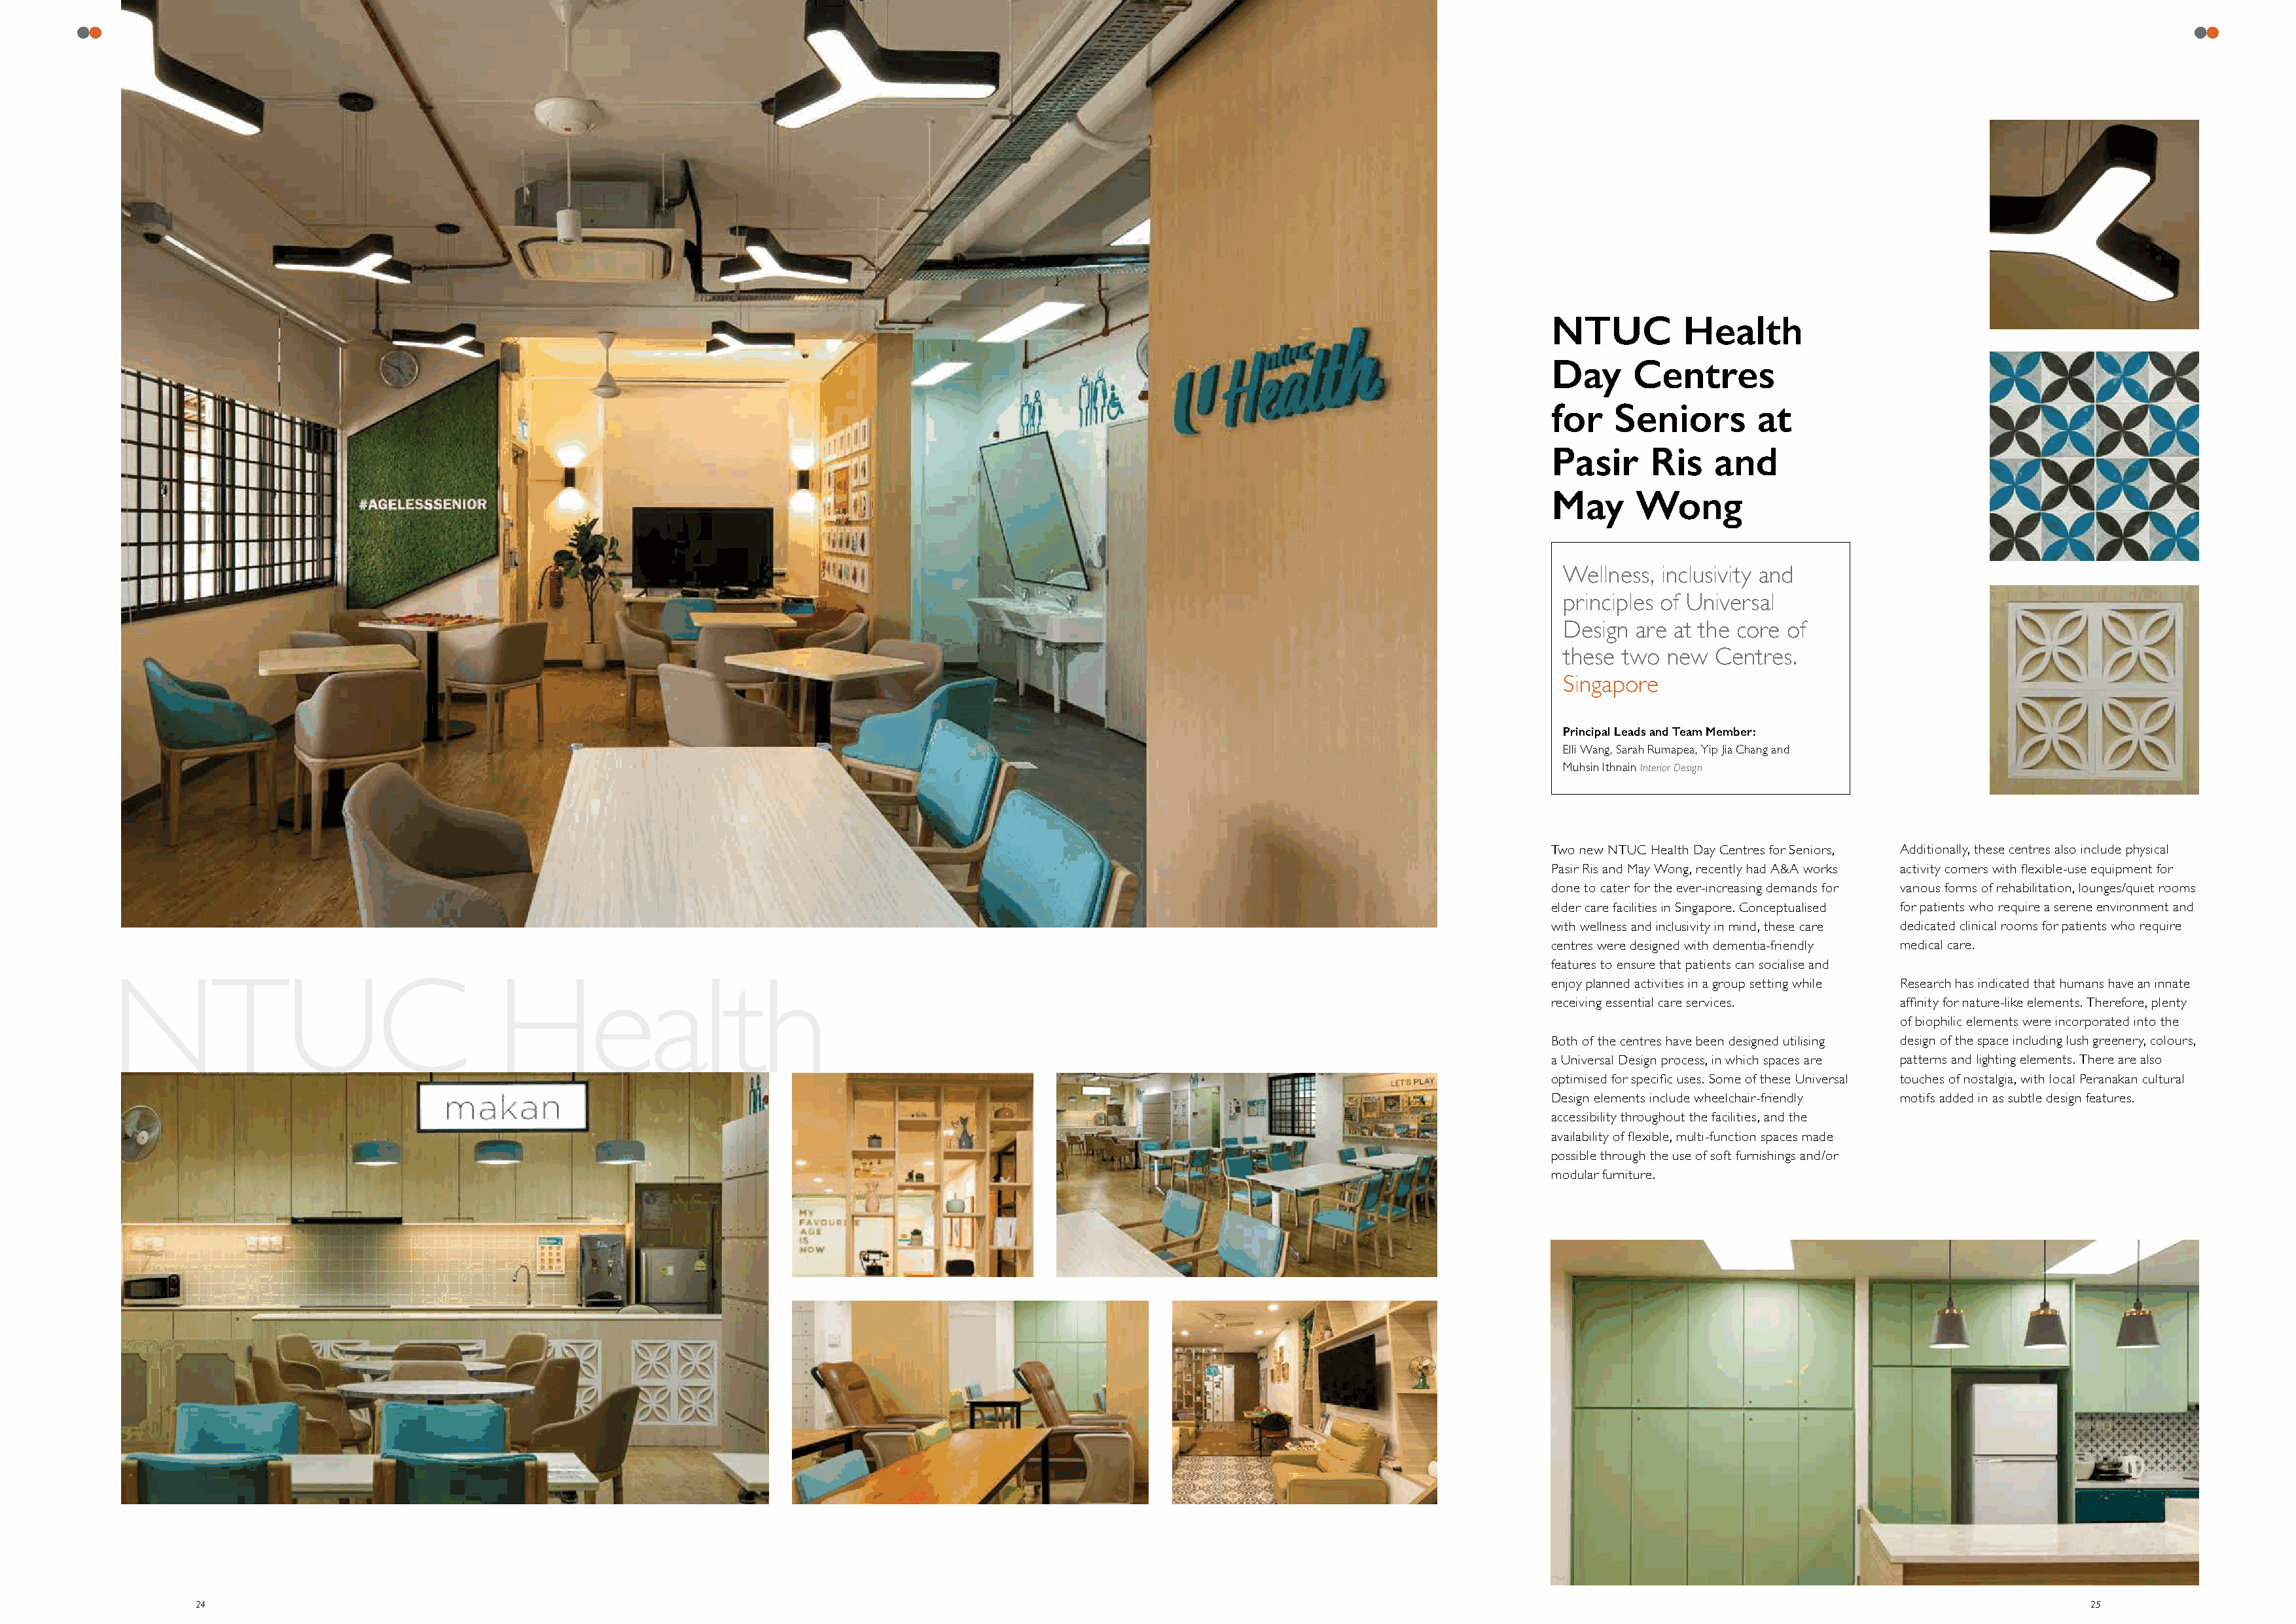
NTUC         Health
 Day     Centres
 for   Seniors        at
 Pasir     Ris   and
 May     Wong
 Wellness, inclusivity and
 principles of Universal
 Design are at the core of
 these two  new Centres.
 Singapore
 Principal Leads and Team Member:
 Elli Wang, Sarah Rumapea, Yip Jia Chang and
 Muhsin Ithnain Interior Design
 Two new NTUC Health Day Centres for Seniors, Additionally, these centres also include physical
 Pasir Ris and May Wong, recently had A&A works activity corners with flexible-use equipment for
 done to cater for the ever-increasing demands for various forms of rehabilitation, lounges/quiet rooms
 elder care facilities in Singapore. Conceptualised for patients who require a serene environment and
 with wellness and inclusivity in mind, these care dedicated clinical rooms for patients who require
 centres were designed with dementia-friendly medical care.
 features to ensure that patients can socialise and
 enjoy planned activities in a group setting while Research has indicated that humans have an innate
 NTUC                                   Health
 receiving essential care services. affinity for nature-like elements. Therefore, plenty
 of biophilic elements were incorporated into the
 Both of the centres have been designed utilising design of the space including lush greenery, colours,
 a Universal Design process, in which spaces are patterns and lighting elements. There are also
 optimised for specific uses. Some of these Universal touches of nostalgia, with local Peranakan cultural
 Design elements include wheelchair-friendly motifs added in as subtle design features.
 accessibility throughout the facilities, and the
 availability of flexible, multi-function spaces made
 possible through the use of soft furnishings and/or
 modular furniture.
 24                                                                                                                                                                                             25